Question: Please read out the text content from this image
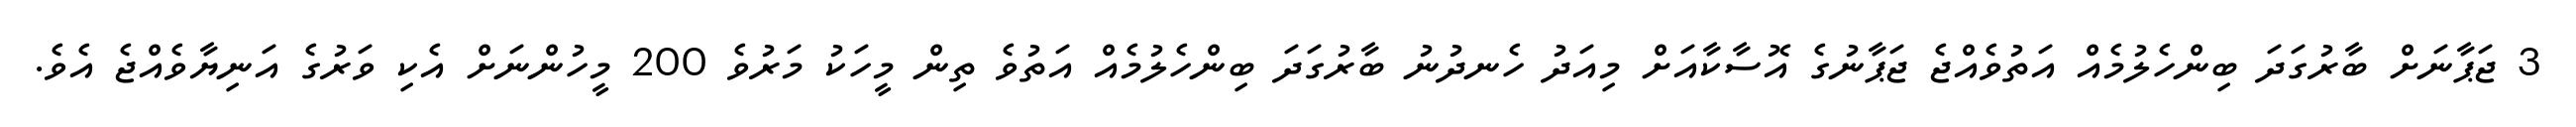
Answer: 3 ޖަޕާނަށް ބާރުގަދަ ބިންހެލުމެއް އަތުވެއްޖެ ޖަޕާނުގެ އޮސާކާއަށް މިއަދު ހެނދުނު ބާރުގަދަ ބިންހެލުމެއް އަތުވެ ތިން މީހަކު މަރުވެ 200 މީހުންނަށް އެކި ވަރުގެ އަނިޔާވެއްޖެ އެވެ.